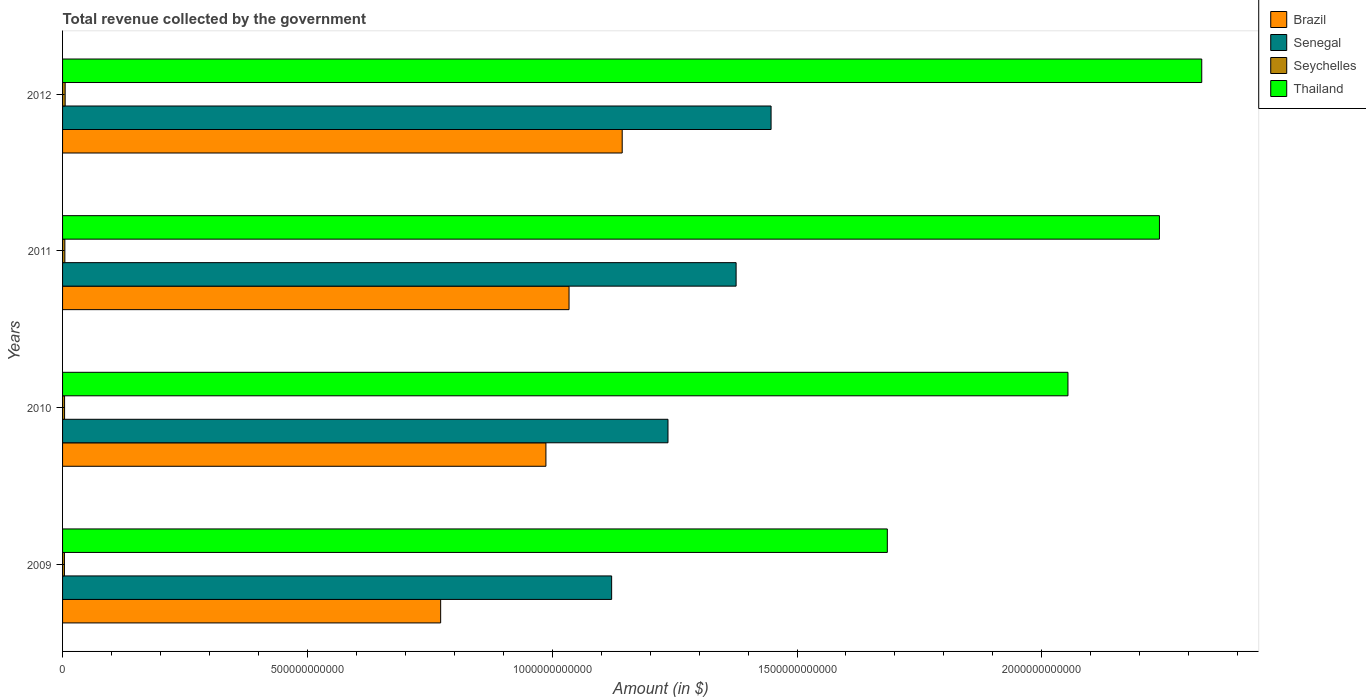
| Years | Brazil | Senegal | Seychelles | Thailand |
 | --- | --- | --- | --- | --- |
 | 2009 | 7.72e+11 | 1.12e+12 | 3.81e+09 | 1.68e+12 |
 | 2010 | 9.87e+11 | 1.24e+12 | 4.11e+09 | 2.05e+12 |
 | 2011 | 1.03e+12 | 1.38e+12 | 4.69e+09 | 2.24e+12 |
 | 2012 | 1.14e+12 | 1.45e+12 | 5.3e+09 | 2.33e+12 |